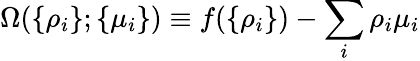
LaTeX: \Omega(\{ \rho_{i}\} ;\{ \mu_{i}\} )\equiv f(\{ \rho_{i}\} )-\sum_{i}\rho_{i}\mu_{i}